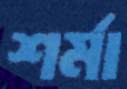
শর্মা